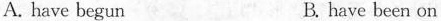
A. have begun B. have been on